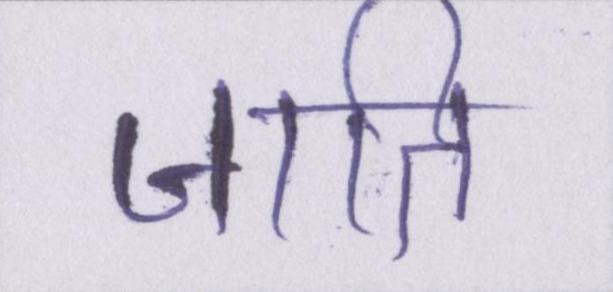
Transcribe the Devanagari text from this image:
जाति